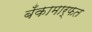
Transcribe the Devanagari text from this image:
बँकामार्फत